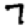
Digit: 7